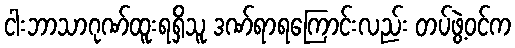
ငါးဘာသာဂုဏ်ထူးရရှိသူ ဒဏ်ရာရကြောင်းလည်း တပ်ဖွဲ့ဝင်က